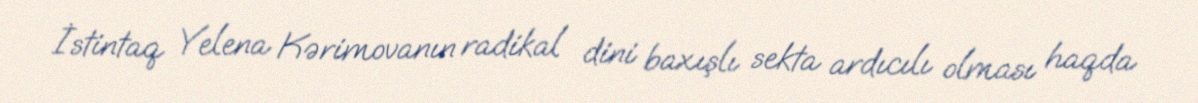
İstintaq Yelena Kərimovanın radikal dini baxışlı sekta ardıcılı olması haqda